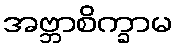
အဗ္ဘာစိက္ခာမ